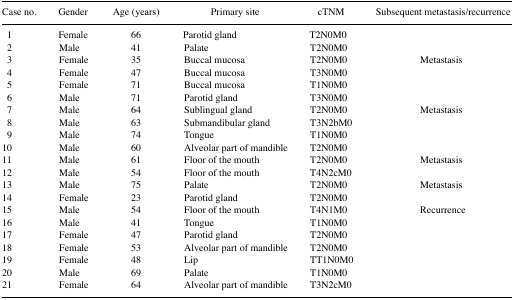
<table><thead><tr><td><b>Case no.</b></td><td><b>Gender</b></td><td><b>Age (years)</b></td><td><b>Primary site</b></td><td><b>cTNM</b></td><td><b>Subsequent metastasis/recurrence</b></td></tr></thead><tbody><tr><td>1</td><td>Female</td><td>66</td><td>Parotid gland</td><td>T2N0M0</td><td></td></tr><tr><td>2</td><td>Male</td><td>41</td><td>Palate</td><td>T2N0M0</td><td></td></tr><tr><td>3</td><td>Female</td><td>35</td><td>Buccal mucosa</td><td>T2N0M0</td><td>Metastasis</td></tr><tr><td>4</td><td>Female</td><td>47</td><td>Buccal mucosa</td><td>T3N0M0</td><td></td></tr><tr><td>5</td><td>Female</td><td>71</td><td>Buccal mucosa</td><td>T1N0M0</td><td></td></tr><tr><td>6</td><td>Male</td><td>71</td><td>Parotid gland</td><td>T3N0M0</td><td></td></tr><tr><td>7</td><td>Male</td><td>64</td><td>Sublingual gland</td><td>T2N0M0</td><td>Metastasis</td></tr><tr><td>8</td><td>Male</td><td>63</td><td>Submandibular gland</td><td>T3N2bM0</td><td></td></tr><tr><td>9</td><td>Male</td><td>74</td><td>Tongue</td><td>T1N0M0</td><td></td></tr><tr><td>10</td><td>Male</td><td>60</td><td>Alveolar part of mandible</td><td>T2N0M0</td><td></td></tr><tr><td>11</td><td>Male</td><td>61</td><td>Floor of the mouth</td><td>T2N0M0</td><td>Metastasis</td></tr><tr><td>12</td><td>Male</td><td>54</td><td>Floor of the mouth</td><td>T4N2cM0</td><td></td></tr><tr><td>13</td><td>Male</td><td>75</td><td>Palate</td><td>T2N0M0</td><td>Metastasis</td></tr><tr><td>14</td><td>Female</td><td>23</td><td>Parotid gland</td><td>T2N0M0</td><td></td></tr><tr><td>15</td><td>Male</td><td>54</td><td>Floor of the mouth</td><td>T4N1M0</td><td>Recurrence</td></tr><tr><td>16</td><td>Male</td><td>41</td><td>Tongue</td><td>T1N0M0</td><td></td></tr><tr><td>17</td><td>Female</td><td>47</td><td>Parotid gland</td><td>T2N0M0</td><td></td></tr><tr><td>18</td><td>Female</td><td>53</td><td>Alveolar part of mandible</td><td>T2N0M0</td><td></td></tr><tr><td>19</td><td>Female</td><td>48</td><td>Lip</td><td>TT1N0M0</td><td></td></tr><tr><td>20</td><td>Male</td><td>69</td><td>Palate</td><td>T1N0M0</td><td></td></tr><tr><td>21</td><td>Female</td><td>64</td><td>Alveolar part of mandible</td><td>T3N2cM0</td><td></td></tr></tbody></table>